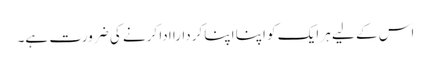
اس کے لیے ہر ایک کو اپنا اپنا کردارا ادا کرنے کی ضرورت ہے۔